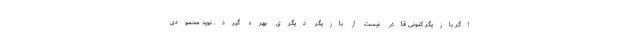
اگر بازیگر کنونی قادر نیست از بازیگر دیگری بهره گیرد. نوید محمودی